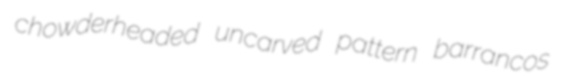
chowderheaded uncarved pattern barrancos